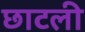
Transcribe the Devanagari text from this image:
छाटली